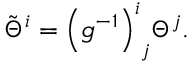
{ \tilde { \Theta } } ^ { i } = { \left( g ^ { - 1 } \right) ^ { i } } _ { j } \Theta ^ { j } .